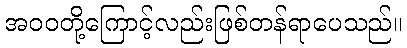
အဝဝတို့ကြောင့်လည်းဖြစ်တန်ရာပေသည်။